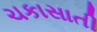
ચકાસાતી